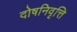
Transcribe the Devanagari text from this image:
दोषनिवृत्ति